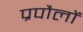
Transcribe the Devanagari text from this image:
प्रपौलों